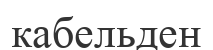
кабельден